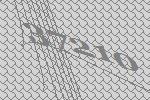
37210